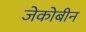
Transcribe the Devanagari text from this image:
जेकोबीन